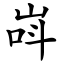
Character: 㟕